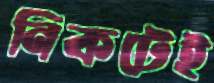
নিকটেই